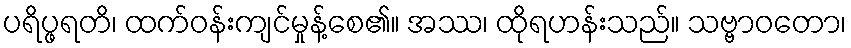
ပရိပ္ဖရတိ၊ ထက်ဝန်းကျင်မှုန့်စေ၏။ အဿ၊ ထိုရဟန်းသည်။ သဗ္ဗာဝတော၊